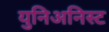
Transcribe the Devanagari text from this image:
युनिअनिस्ट